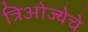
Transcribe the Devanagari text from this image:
त्रिओज्येचे